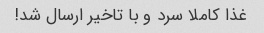
غذا کاملا سرد و با تاخیر ارسال شد!